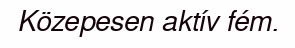
Közepesen aktív fém.